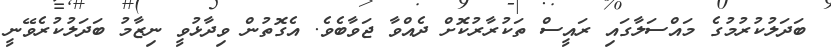
ބަދަލުކުރުމުގެ މައްސަލާގައި ރައީސް ތަކުރާރުކޮށް ދެއްވާ ޖަވާބެވެ. އެގޮތުން ވިދާޅުވީ ނިޒާމު ބަދަލުކުރެވޭނީ